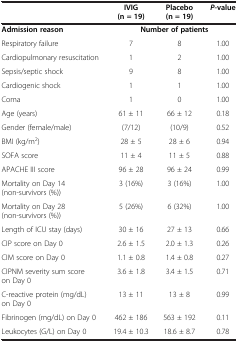
<table><thead><tr><td><b> </b></td><td><b>IVIG (n = 19)</b></td><td><b>Placebo (n = 19)</b></td><td><b><i>P</i>-value</b></td></tr></thead><tbody><tr><td><b>Admission reason</b></td><td colspan="3"><b>Number of patients</b></td></tr><tr><td>Respiratory failure</td><td>7</td><td>8</td><td>1.00</td></tr><tr><td>Cardiopulmonary resuscitation</td><td>1</td><td>2</td><td>1.00</td></tr><tr><td>Sepsis/septic shock</td><td>9</td><td>8</td><td>1.00</td></tr><tr><td>Cardiogenic shock</td><td>1</td><td>1</td><td>1.00</td></tr><tr><td>Coma</td><td>1</td><td>0</td><td>1.00</td></tr><tr><td>Age (years)</td><td>61 ± 11</td><td>66 ± 12</td><td>0.18</td></tr><tr><td>Gender (female/male)</td><td>(7/12)</td><td>(10/9)</td><td>0.52</td></tr><tr><td>BMI (kg/m<sup>2</sup>)</td><td>28 ± 5</td><td>28 ± 6</td><td>0.94</td></tr><tr><td>SOFA score</td><td>11 ± 4</td><td>11 ± 5</td><td>0.88</td></tr><tr><td>APACHE III score</td><td>96 ± 28</td><td>96 ± 24</td><td>0.99</td></tr><tr><td>Mortality on Day 14 (non-survivors (%))</td><td>3 (16%)</td><td>3 (16%)</td><td>1.00</td></tr><tr><td>Mortality on Day 28 (non-survivors (%))</td><td>5 (26%)</td><td>6 (32%)</td><td>1.00</td></tr><tr><td>Length of ICU stay (days)</td><td>30 ± 16</td><td>27 ± 13</td><td>0.66</td></tr><tr><td>CIP score on Day 0</td><td>2.6 ± 1.5</td><td>2.0 ± 1.3</td><td>0.26</td></tr><tr><td>CIM score on Day 0</td><td>1.1 ± 0.8</td><td>1.4 ± 0.8</td><td>0.27</td></tr><tr><td>CIPNM severity sum score on Day 0</td><td>3.6 ± 1.8</td><td>3.4 ± 1.5</td><td>0.71</td></tr><tr><td>C-reactive protein (mg/dL) on Day 0</td><td>13 ± 11</td><td>13 ± 8</td><td>0.99</td></tr><tr><td>Fibrinogen (mg/dL) on Day 0</td><td>462 ± 186</td><td>563 ± 192</td><td>0.11</td></tr><tr><td>Leukocytes (G/L) on Day 0</td><td>19.4 ± 10.3</td><td>18.6 ± 8.7</td><td>0.78</td></tr></tbody></table>